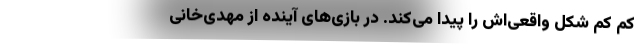
کم کم شکل واقعی‌اش را پیدا می‌کند. در بازی‌های آینده از مهدی‌خانی